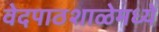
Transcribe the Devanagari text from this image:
वेदपाठशाळेमध्ये